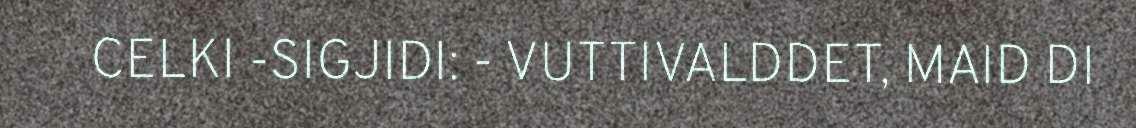
CELKI -SIGJIDI: - VUTTIVALDDET, MAID DI